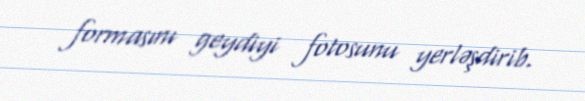
formasını geydiyi fotosunu yerləşdirib.